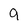
Character: 9